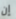
إن